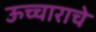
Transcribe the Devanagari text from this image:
ऊच्चाराचे